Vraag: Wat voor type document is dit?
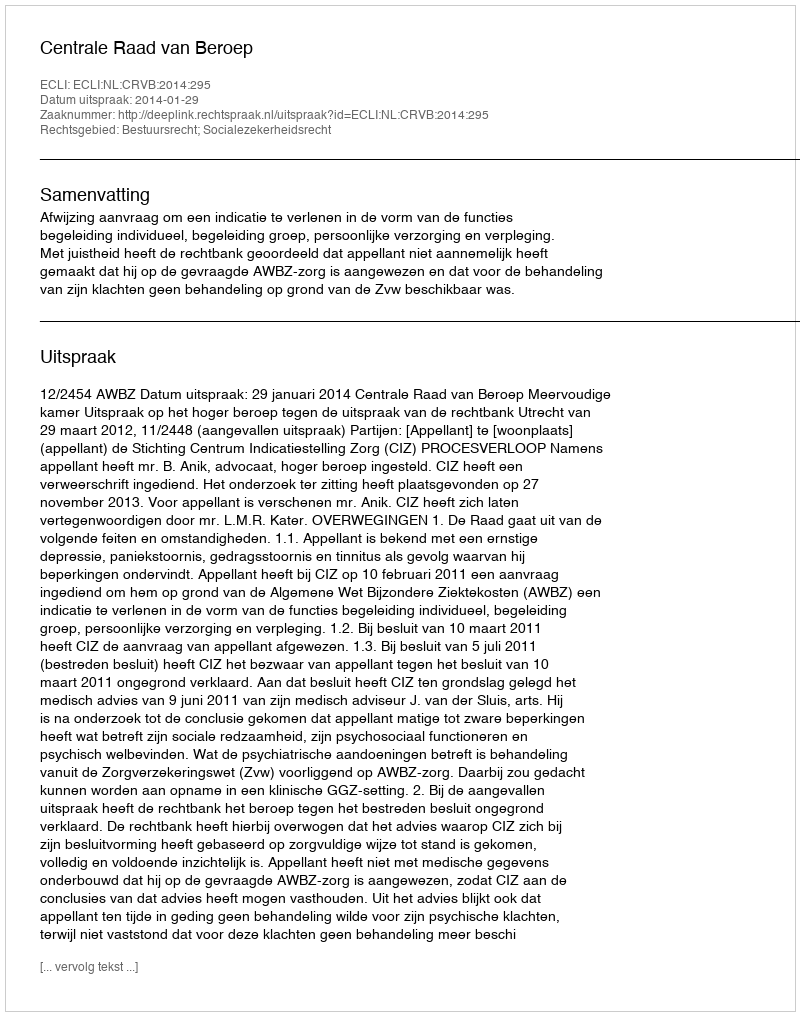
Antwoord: Uitspraak